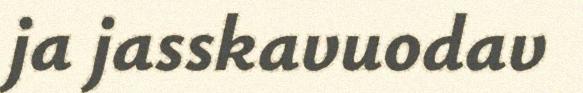
ja jasskavuodav